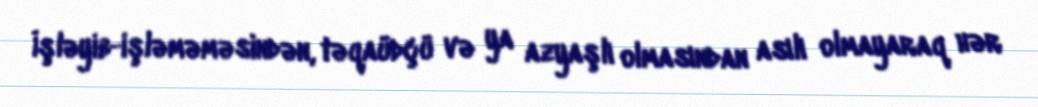
İşləyib-işləməməsindən, təqaüdçü və ya azyaşlı olmasından asılı olmayaraq hər